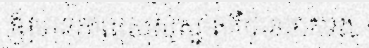
ឱ្យមានភាពស្រស់ស្អាតគឺបានទាក់ទង